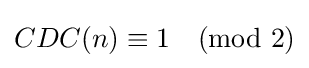
CDC(n)\equiv 1{\pmod {2}}